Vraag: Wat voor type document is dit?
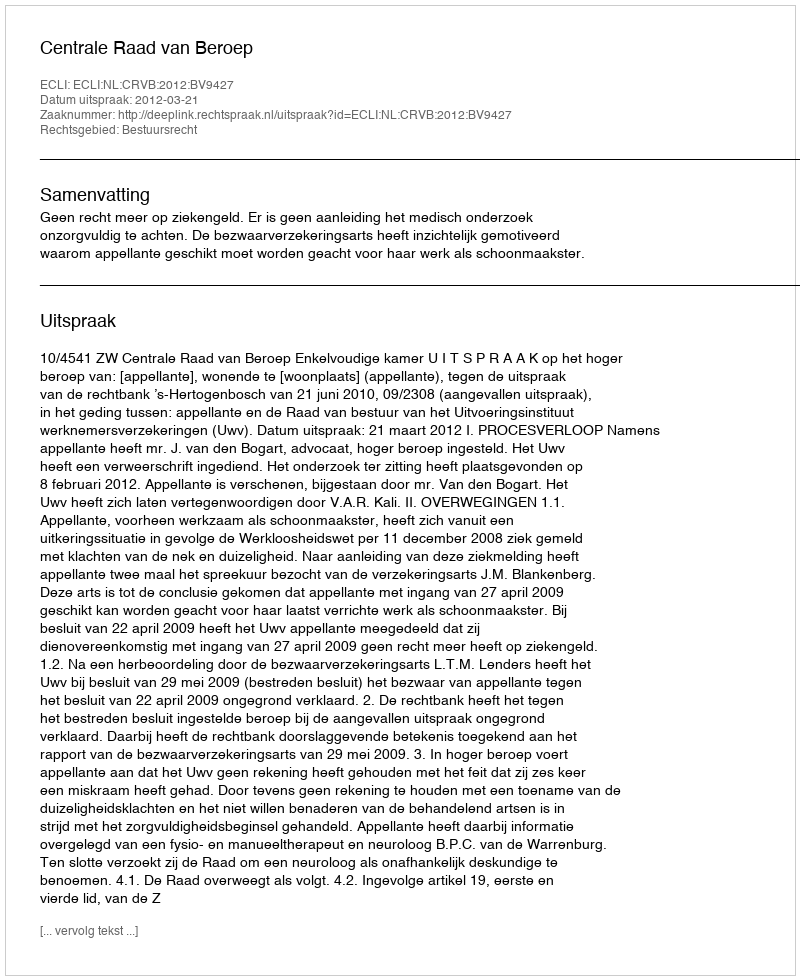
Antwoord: Uitspraak